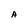
Character: A